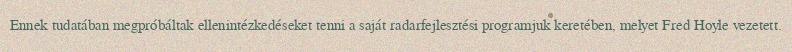
Ennek tudatában megpróbáltak ellenintézkedéseket tenni a saját radarfejlesztési programjuk keretében, melyet Fred Hoyle vezetett.